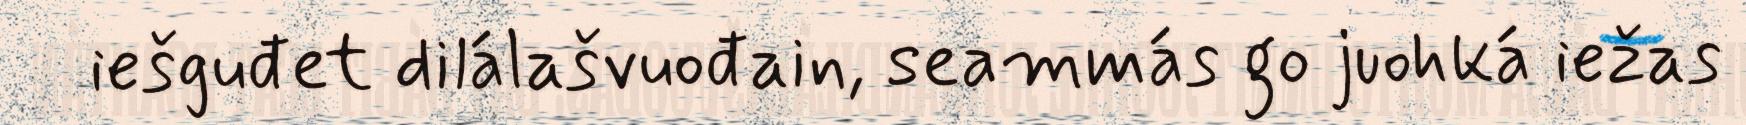
iešguđet dilálašvuođain, seammás go juohká iežas